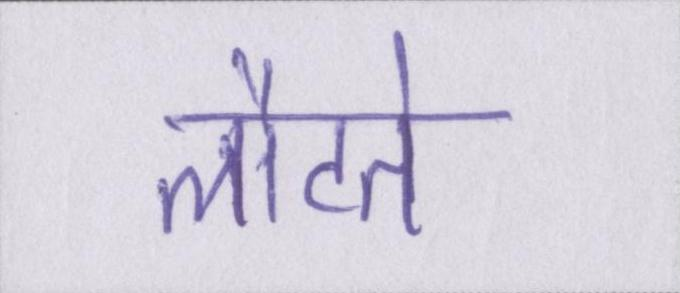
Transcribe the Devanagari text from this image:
लौटते